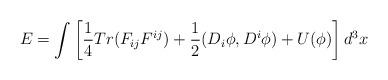
LaTeX: \begin{align*}E=\int \left[ \frac{1}{4} Tr (F_{ij}F^{ij})+ \frac{1}{2} (D_i \phi , D^i \phi ) + U (\phi ) \right] d^3x\end{align*}